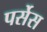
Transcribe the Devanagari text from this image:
पर्सेस